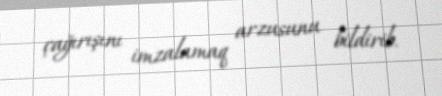
çağırışını imzalamaq arzusunu bildirib.